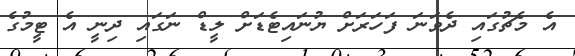
އެ މެޗުގައި ދެވަނަ ފަހަރަށް ޔުނައިޓެޑަށް ލީޑް ނަގައި ދިނީ އެ ޓީމުގެ